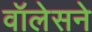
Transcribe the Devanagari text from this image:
वॉलेसने